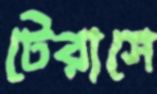
টেরাসে